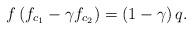
LaTeX: \begin{align*}f\left( f_{c_{1}}-\gamma f_{c_{2}}\right) =\left( 1-\gamma \right) q. \end{align*}